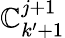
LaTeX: \mathbb{C}_{k^{\prime}+1}^{j+1}